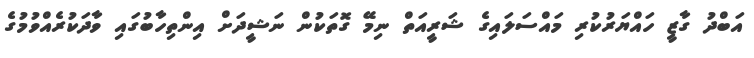
އަބްދު ގާޒީ ހައްޔަރުކުރި މައްސަލައިގެ ޝަރީއަތް ނިމޭ ގޮތަކުން ނަޝީދަށް އިންތިހާބުގައި ވާދަކުރެއްވުމުގެ